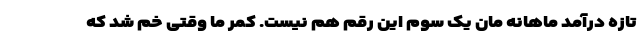
تازه درآمد ماهانه مان یک سوم این رقم هم نیست. کمر ما وقتی خم شد که